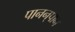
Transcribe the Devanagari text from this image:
पानन्‌पान